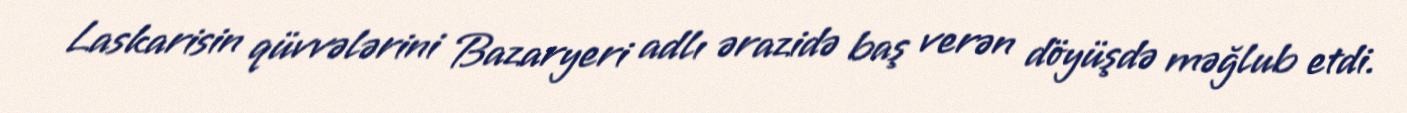
Laskarisin qüvvələrini Bazaryeri adlı ərazidə baş verən döyüşdə məğlub etdi.